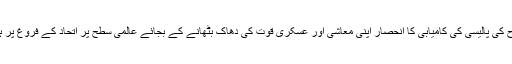
اس طرح کی پالیسی کی کامیابی کا انحصار اپنی معاشی اور عسکری قوت کی دھاک بٹھانے کے بجائے عالمی سطح پر اتحاد کے فروغ پر ہوتا ہے۔